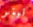
تيتو